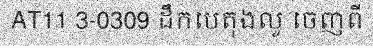
AT11 3-0309 ដឹកបេតុងលូ ចេញពី